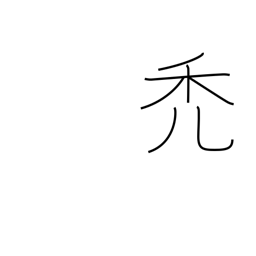
Meaning: waste away